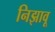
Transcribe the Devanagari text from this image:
निझावू